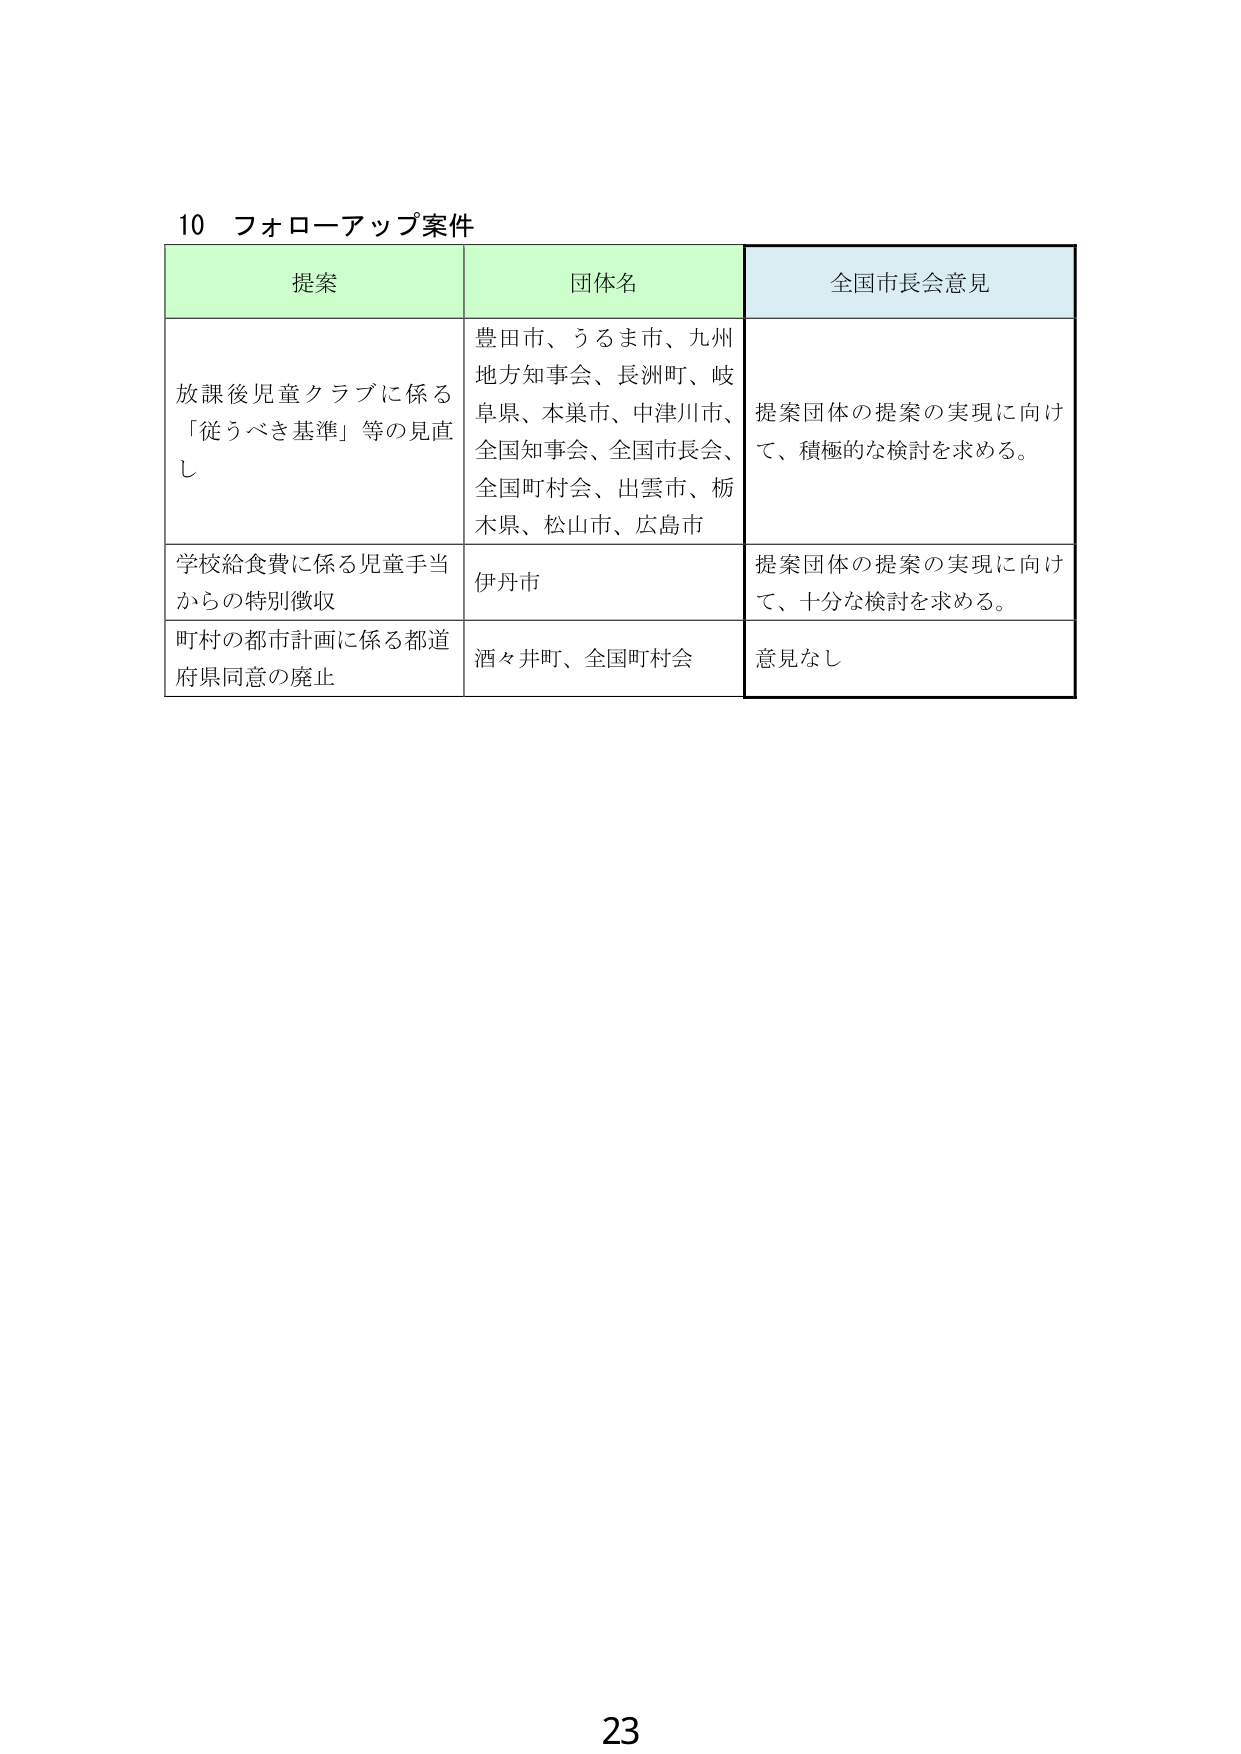
10 フォローアップ案件

提案 団体名 全国市長会意見

放課後児童クラブに係る 「従うべき基準」等の見直し 豊田市、うるま市、九州地方知事会、長洲町、岐阜県、本巣市、中津川市、全国知事会、全国市長会、全国町村会、出雲市、栃木県、松山市、広島市 提案団体の提案の実現に向けて、積極的な検討を求める。

学校給食費に係る児童手当からの特別徴収 伊丹市 提案団体の提案の実現に向けて、十分な検討を求める。

町村の都市計画に係る都道府県同意の廃止 酒々井町、全国町村会 意見なし

23